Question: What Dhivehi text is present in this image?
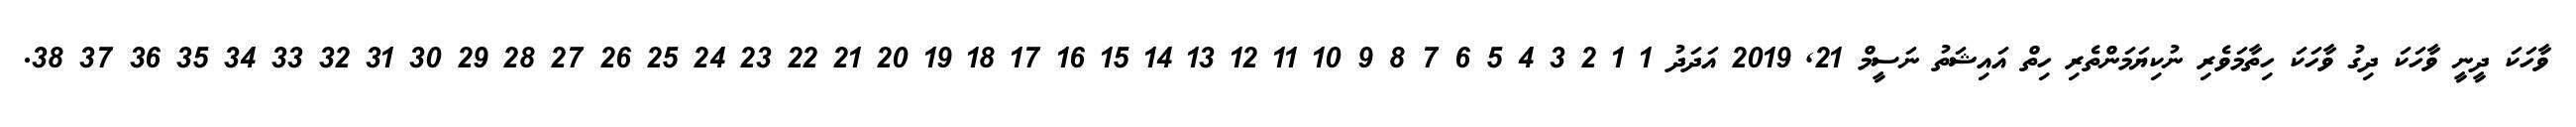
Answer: ވާހަކަ ދީނީ ވާހަކަ ދިގު ވާހަކަ ހިތާމަވެރި ނުކިޔަމަންތެރި ހިތް އައިޝަތު ނަސީމް 21, 2019 އަދަދު 1 1 2 3 4 5 6 7 8 9 10 11 12 13 14 15 16 17 18 19 20 21 22 23 24 25 26 27 28 29 30 31 32 33 34 35 36 37 38.